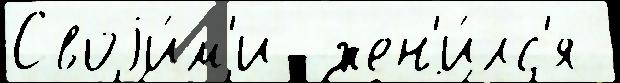
Своjи́м'и  жен'и́лс'я